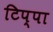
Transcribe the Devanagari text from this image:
टिप्पा